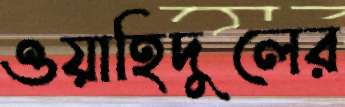
ওয়াহিদুলের